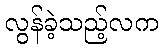
လွန်ခဲ့သည့်လက